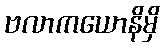
ဗလာကယောနိမှိ